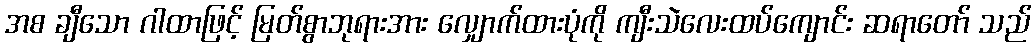
အစ ချီသော ဂါထာဖြင့် မြတ်စွာဘုရားအား လျှောက်ထားပုံကို ကျီးသဲလေးထပ်ကျောင်း ဆရာတော် သည်